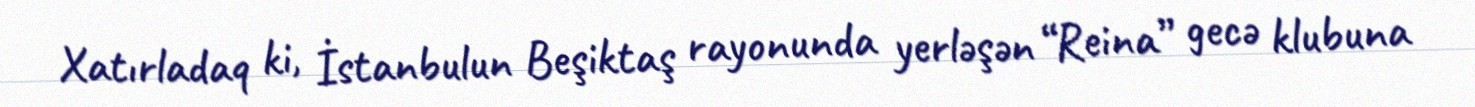
Xatırladaq ki, İstanbulun Beşiktaş rayonunda yerləşən “Reina” gecə klubuna